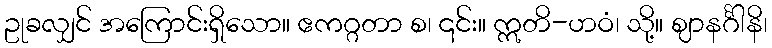
ဥုခလျှင် အကြောင်းရှိသော။ ဧကဂ္ဂတာ စ၊ ၎င်း။ ဣတိ-ဟဝံ၊ သို့။ ဈာနင်္ဂါနိ၊